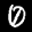
Label: 0